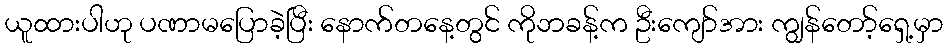
ယူထားပါဟု ပဏာမပြောခဲ့ပြီး နောက်တနေ့တွင် ကိုဘခန့်က ဦးကျော်အား ကျွန်တော့်ရှေ့မှာ